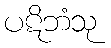
ပဋိဘံသု